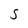
Character: S